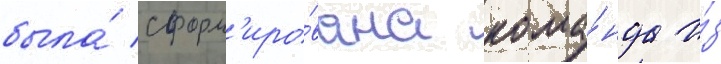
была́ сформ'иро́вана кома́нда и́з